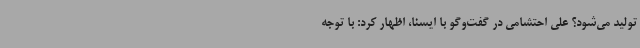
تولید می‌شود؟ علی احتشامی در گفت‌وگو با ایسنا، اظهار کرد: با توجه